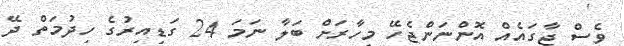
ވެސް ޖާގައެއް އޮންނަންޖެހޭ މިހާރަށް ބަލާ ނަމަ 24 ގަޑިއިރުގެ ހިދުމަތް ދޭ